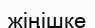
жіңішке